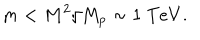
m < { M ^ { 2 } / M _ { p } } \sim 1 ~ { \mathrm { T } e V } .